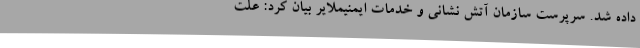
داده شد. سرپرست سازمان آتش نشانی و خدمات ایمنیملایر بیان کرد: علت